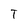
Character: T